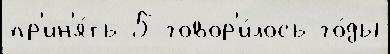
пр'ин'я́ть 5 говор'и́лось го́ды